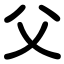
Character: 父